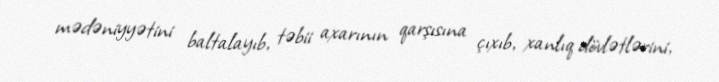
mədəniyyətini baltalayıb, təbii axarının qarşısına çıxıb, xanlıq dövlətlərini,